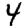
Digit: 4